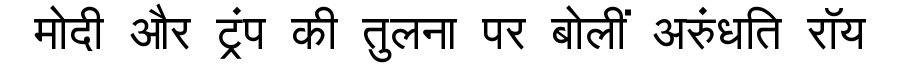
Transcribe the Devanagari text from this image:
मोदी और ट्रंप की तुलना पर बोलीं अरुंधति रॉय